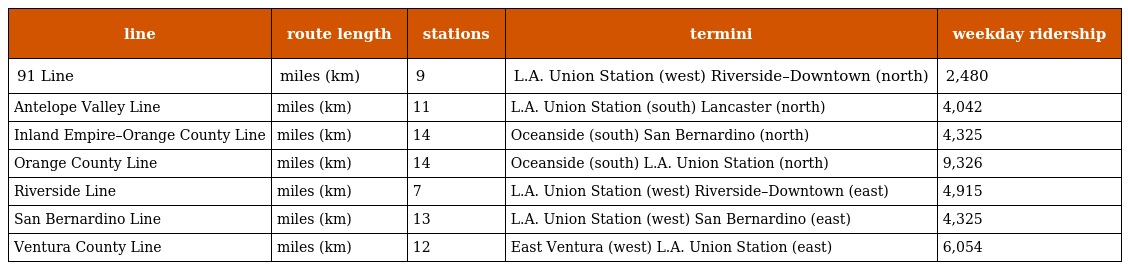
| line | route length | stations | termini | weekday ridership |
 | --- | --- | --- | --- | --- |
 | 91 Line | miles (km) | 9 | L.A. Union Station (west) Riverside–Downtown (north) | 2,480 |
 | Antelope Valley Line | miles (km) | 11 | L.A. Union Station (south) Lancaster (north) | 4,042 |
 | Inland Empire–Orange County Line | miles (km) | 14 | Oceanside (south) San Bernardino (north) | 4,325 |
 | Orange County Line | miles (km) | 14 | Oceanside (south) L.A. Union Station (north) | 9,326 |
 | Riverside Line | miles (km) | 7 | L.A. Union Station (west) Riverside–Downtown (east) | 4,915 |
 | San Bernardino Line | miles (km) | 13 | L.A. Union Station (west) San Bernardino (east) | 4,325 |
 | Ventura County Line | miles (km) | 12 | East Ventura (west) L.A. Union Station (east) | 6,054 |